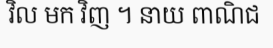
វិល មក វិញ ។ នាយ ពាណិជ